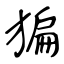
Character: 猵